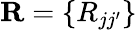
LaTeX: \mathbf{R}=\{ R_{jj^{\prime}}\}